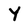
Character: Y